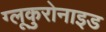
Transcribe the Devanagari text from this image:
ग्लूकुरोनाइड